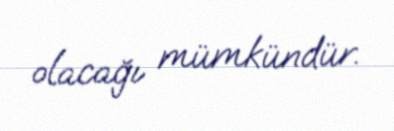
olacağı mümkündür.